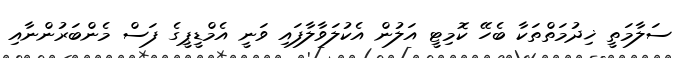
ސަލާމަތީ ޚިދުމަތްތަކާ ބެހޭ ކޮމިޓީ އަލުން އެކުލަވާލާފައި ވަނީ އެމްޑީޕީގެ ފަސް މެންބަރުންނާއި